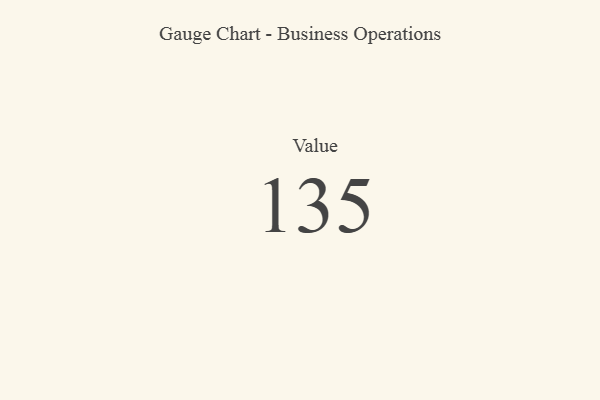
{"axis": {"x": "Metric", "y": "Value"}, "legend": [""], "data": [{"x": "Value", "y": 135, "type": ""}]}